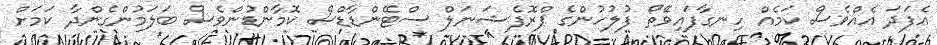
އެފަދަ އެއްވެސް ކަމެއް ހިނގާފައިވޭތޯ ފުލުހުންގެ ޕްރޮފެޝަނަލް ސްޓޭންޑާޑްސް ކޮމާންޑުންވެސް ބަލަމުންގެންދާ ކަމަށް